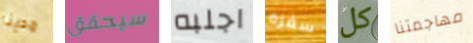
مدينا سيحقق اجلبه سفره كل مهاجمتنا